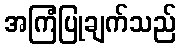
အကြံပြုချက်သည်